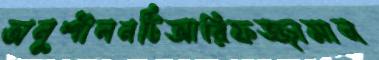
অনুশীলনটিআরিফজ্জামান